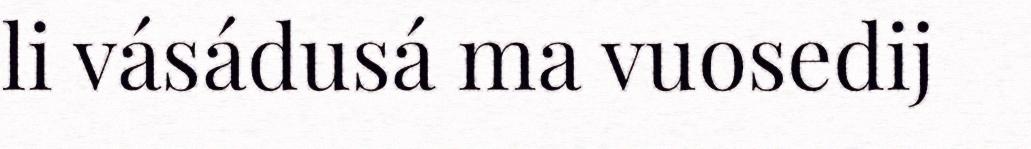
li vásádusá ma vuosedij